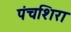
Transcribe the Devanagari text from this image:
पंचशिरा